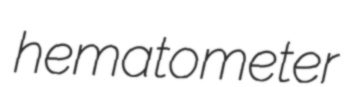
hematometer